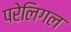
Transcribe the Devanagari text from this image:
परेलिगल